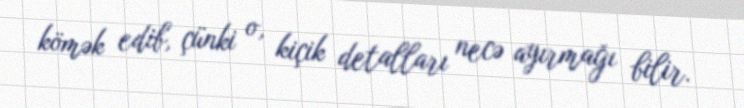
kömək edib, çünki o, kiçik detalları necə ayırmağı bilir.